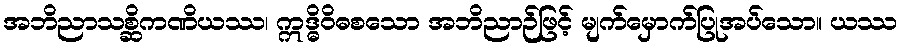
အဘိညာသစ္ဆိကဏိယဿ၊ ဣဒ္ဓိဝိဓစသော အဘိညာဉ်ဖြင့် မျက်မှောက်ပြုအပ်သော။ ယဿ